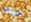
كيسلر